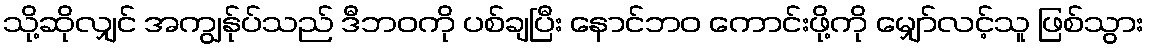
သို့ဆိုလျှင် အကျွန်ုပ်သည် ဒီဘဝကို ပစ်ချပြီး နောင်ဘဝ ကောင်းဖို့ကို မျှော်လင့်သူ ဖြစ်သွား